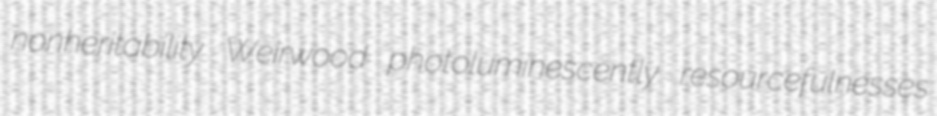
nonheritability Weirwood photoluminescently resourcefulnesses